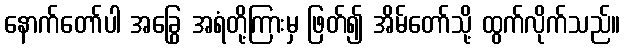
နောက်တော်ပါ အခြွေ အရံတို့ကြားမှ ဖြတ်၍ အိမ်တော်သို့ ထွက်လိုက်သည်။